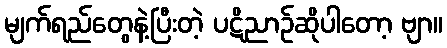
မျက်ရည်တွေနဲ့ပြီးတဲ့ ပဋိညာဉ်ဆိုပါတော့ ဗျာ။